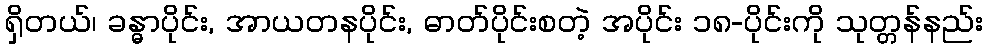
ရှိတယ်၊ ခန္ဓာပိုင်း, အာယတနပိုင်း, ဓာတ်ပိုင်းစတဲ့ အပိုင်း ၁၈-ပိုင်းကို သုတ္တန်နည်း